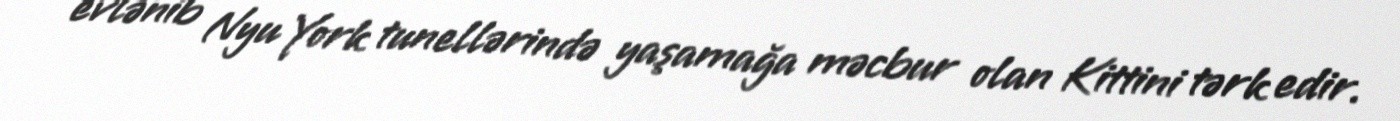
evlənib Nyu York tunellərində yaşamağa məcbur olan Kittini tərk edir.